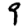
Digit: 9